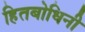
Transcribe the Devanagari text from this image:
हितबोधिनी